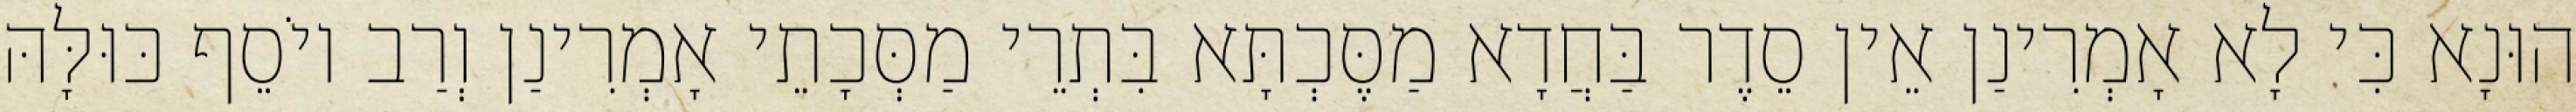
הוּנָא כִּי לָא אָמְרִינַן אֵין סֵדֶר בַּחֲדָא מַסֶּכְתָּא בִּתְרֵי מַסְּכָתֵי אָמְרִינַן וְרַב יוֹסֵף כּוּלָּהּ